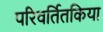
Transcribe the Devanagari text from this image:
परिवर्तितकिया